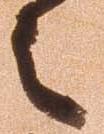
之